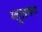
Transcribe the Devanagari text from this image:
ब्लूज़मन